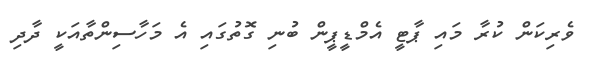
ވެރިކަން ކުރާ މައި ޕާޓީ އެމްޑީޕީން ބުނި ގޮތުގައި އެ މަހާސިންތާއަކީ ދާދި